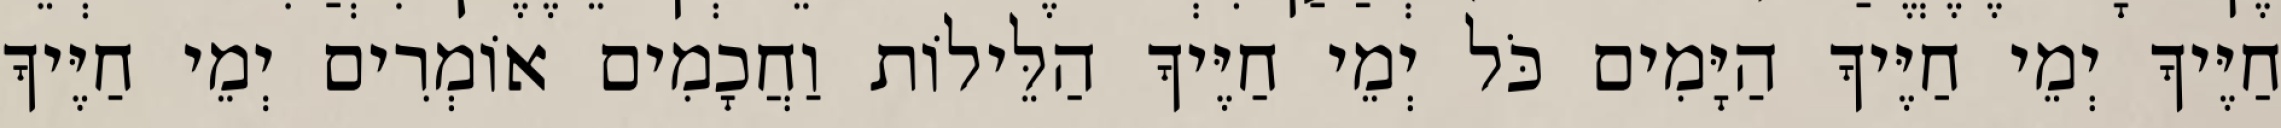
חַיֶּיךָ יְמֵי חַיֶּיךָ הַיָּמִים כֹּל יְמֵי חַיֶּיךָ הַלֵּילוֹת וַחֲכָמִים אוֹמְרִים יְמֵי חַיֶּיךָ